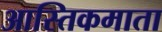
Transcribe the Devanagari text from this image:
आस्तिकमाता